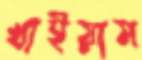
খাইয়াম